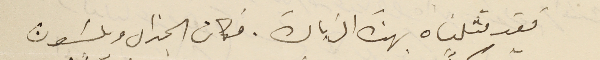
فقد مثلناه بهذه الزيارة. فكان الجنرال ويلسَون